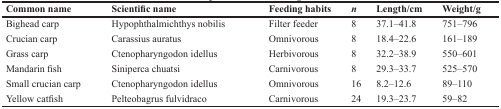
| Common name | Scientific name | Feeding habits | n | Length/cm | Weight/g |
 | --- | --- | --- | --- | --- | --- |
 | Bighead carp | Hypophthalmichthys nobilis | Filter feeder | 8 | 37.1–41.8 | 751–796 |
 | Crucian carp | Carassius auratus | Omnivorous | 8 | 18.4–22.6 | 161–189 |
 | Grass carp | Ctenopharyngodon idellus | Herbivorous | 8 | 32.2–38.9 | 550–601 |
 | Mandarin fish | Siniperca chuatsi | Carnivorous | 8 | 29.3–33.7 | 525–570 |
 | Small crucian carp | Ctenopharyngodon idellus | Omnivorous | 16 | 8.2–12.6 | 89–110 |
 | Yellow catfish | Pelteobagrus fulvidraco | Carnivorous | 24 | 19.3–23.7 | 59–82 |